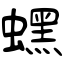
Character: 蟔